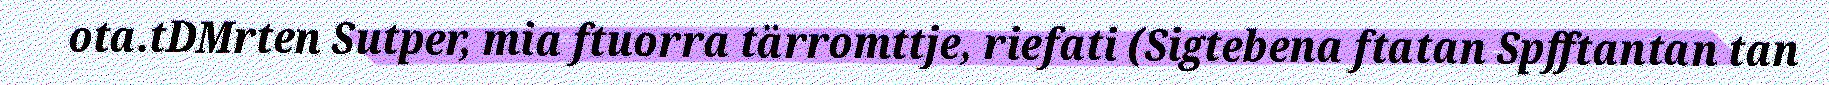
ota.tDMrten Sutper, mia ftuorra tärromttje, riefati (Sigtebena ftatan Spfftantan tan